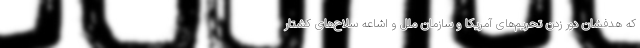
که هدفشان دور زدن تحریم‌های آمریکا و سازمان ملل و اشاعه سلاح‌های کشتار